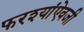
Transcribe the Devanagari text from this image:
फरश्यांऐवजी